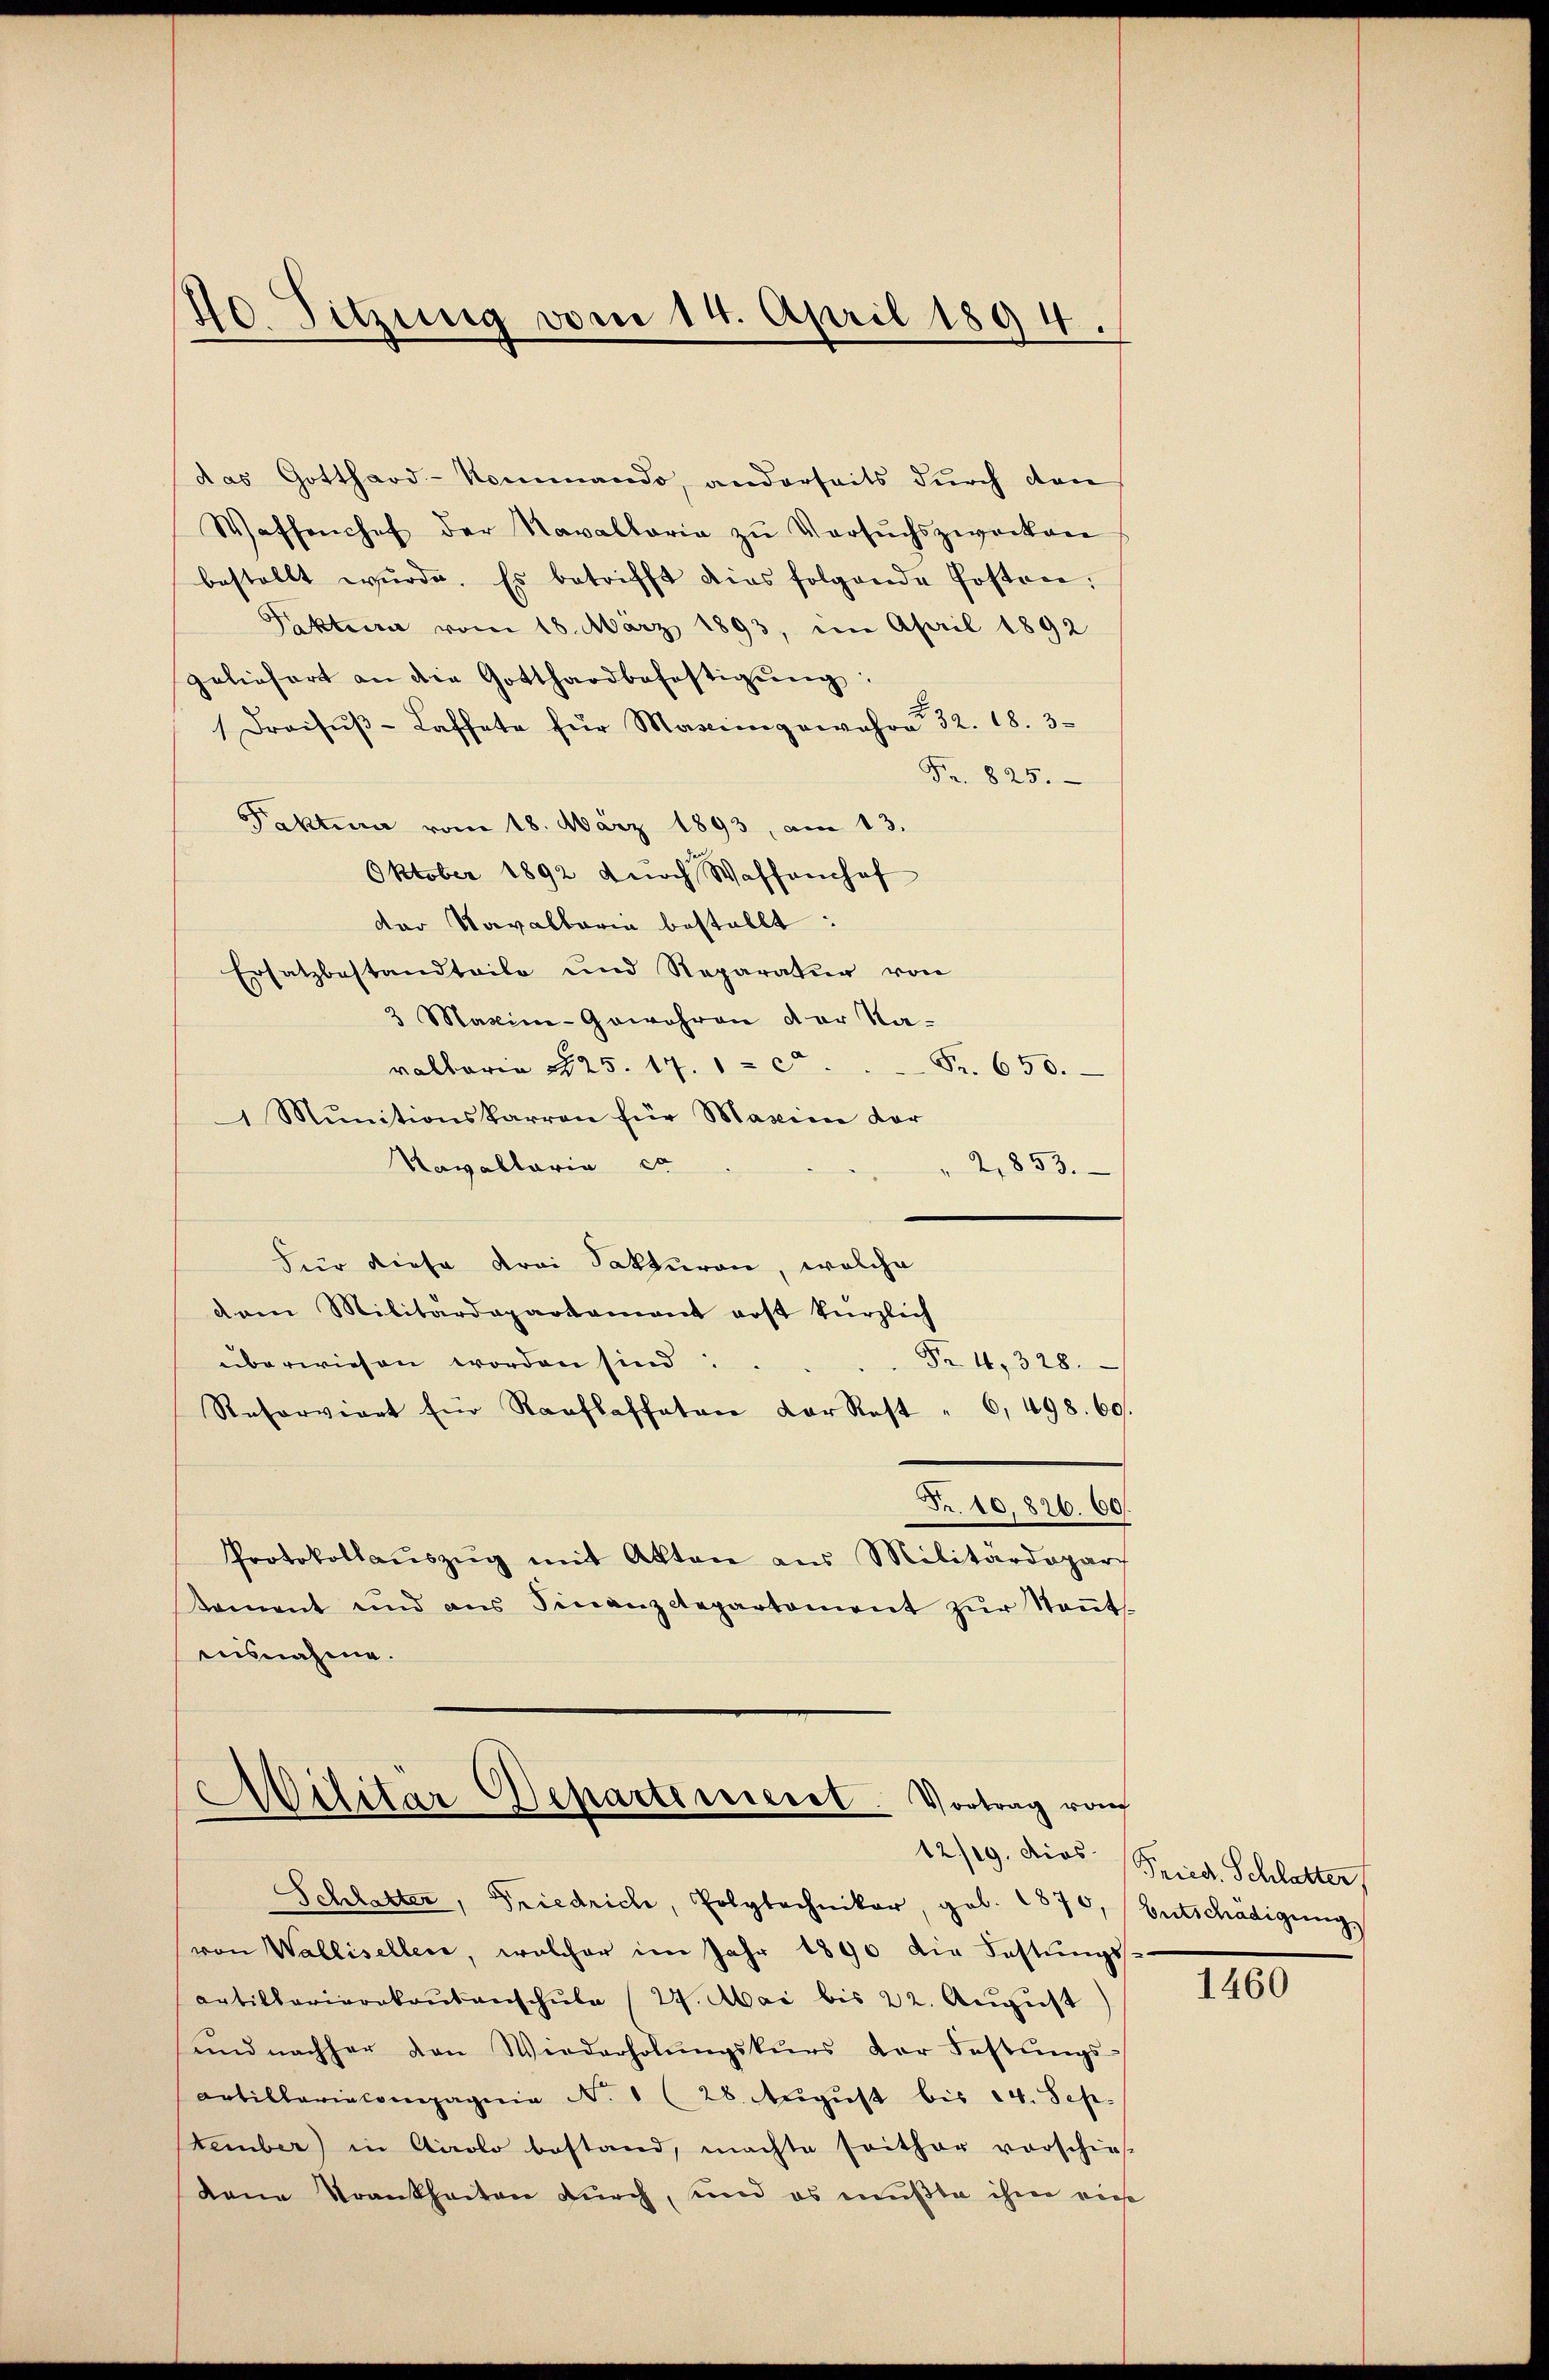
40. Sitzung vom 14. April 1894.

das Gotthard-Kommando, anderseits durch den
Waffenchef der Navallaria zŭ Versŭchszwecken
bestellt wŭrde. Es betrifft dies folgende Posten,
Pktura vom 18. März 1893, im April 1892
geliefert an die Gotthardbefestigŭng:
Draisŭβ-Laffete für Massingewahre 32. 18. 3
Fr. 825.
Faktura vom 18. März 1893, am 13.
Oktober 1892 dŭrch Waffenhof
der Navallaria bestellt:
Ersatzbestandteile und Reparatur von
3 Maxim-Gewehren der Na-
Fr. 650.
valtaria 125. 17. 100
1 Mŭnitionskarren für Maxime dar
Navallaria co
2,853.
Für diese drei Fakturen, welche
dam Militärdepartament erst kürzlich
Fr. 1, 328.
überwiesen worden sind:
Reserviert für Raaflaffeten der Rest " 6, 498. 60.
Fr. 10,826. 60.
Protokollaŭszŭg mit Akten aus Militärdepar
tament und ans Finanzctepartament zŭr Keṅt-
ausnahme.
Militär Departinieret. Vortrag von
Schlatter, Friedrich, Polytechniker geb. 1870, (Entschädigung,
von Wallisellen, welcher im Jahr 1890 die Fastŭngs-
Artillariorakaŭtanschule (27. Mai bis 22. August
und nachher den Wiederholŭngskŭrs der Festŭngs-
Artillariacompagnie N. 1 (28. Aŭgŭst bis 24. Sche-
tember) in Airolo bestand, machte seither vorschies
dene Krankheiten durch, und es mußte ihm ein

12/9. dies Fried. Schlatter

1460